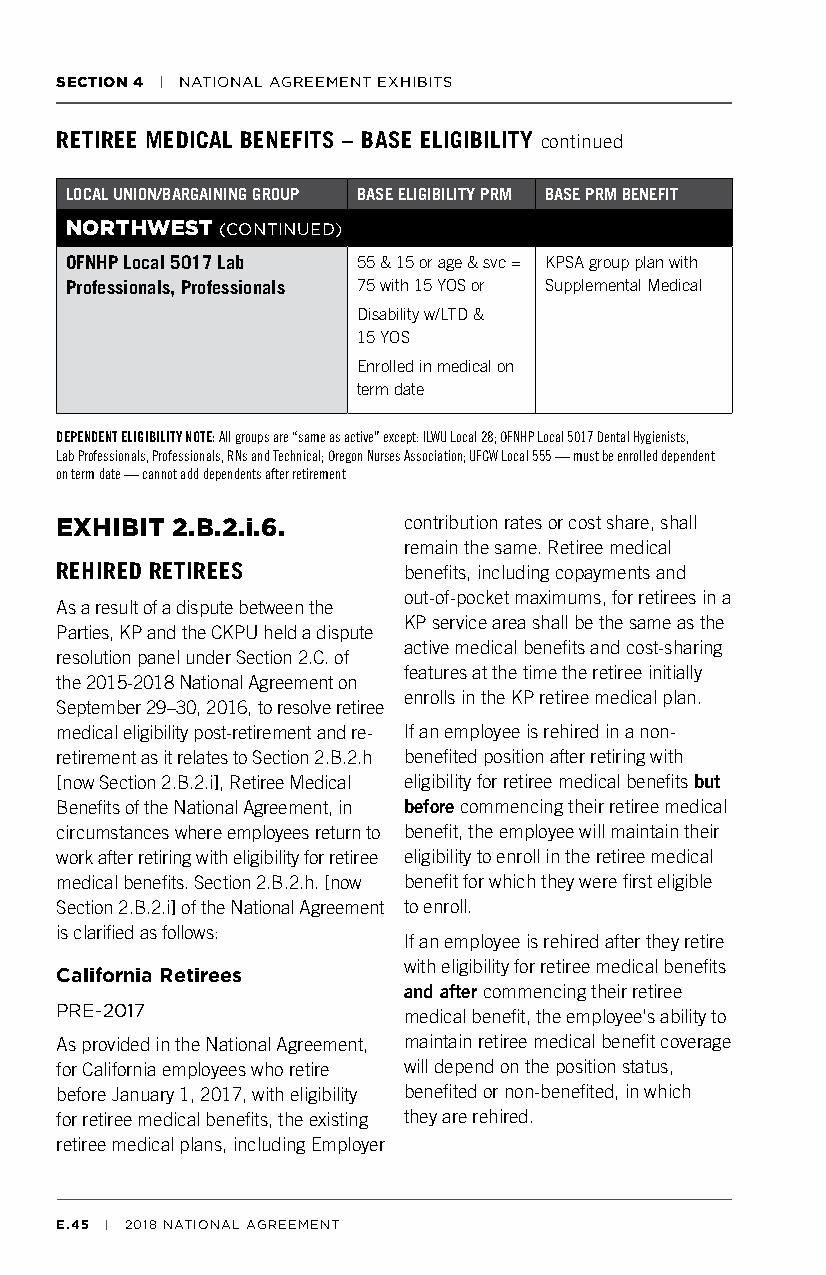
SECTION 4 | NATIONAL AGREEMENT EXHIBITS
 RETIREE MEDICAL BENEFITS – BASE ELIGIBILITY continued
 LOCAL UNION/BARGAINING GROUP BASE ELIGIBILITY PRM BASE PRM BENEFIT
 NORTHWEST  (CONTINUED)
 OFNHP Local 5017 Lab 55 & 15 or age & svc = KPSA group plan with
 Professionals, Professionals 75 with 15 YOS or Supplemental Medical
 Disability w/LTD &
 15 YOS
 Enrolled in medical on
 term date
 DEPENDENT ELIGIBILITY NOTE: All groups are “same as active” except: ILWU Local 28; OFNHP Local 5017 Dental Hygienists,
 Lab Professionals, Professionals, RNs and Technical; Oregon Nurses Association; UFCW Local 555 — must be enrolled dependent
 on term date — cannot add dependents after retirement
 EXHIBIT 2.B.2.i.6.     contribution rates or cost share, shall
 remain the same. Retiree medical
 REHIRED RETIREES       benefits, including copayments and
 out-of-pocket maximums, for retirees in a
 As a result of a dispute between the
 KP service area shall be the same as the
 Parties, KP and the CKPU held a dispute
 active medical benefits and cost-sharing
 resolution panel under Section 2.C. of
 features at the time the retiree initially
 the 2015-2018 National Agreement on
 enrolls in the KP retiree medical plan.
 September 29–30, 2016, to resolve retiree
 medical eligibility post-retirement and re- If an employee is rehired in a non-
 retirement as it relates to Section 2.B.2.h benefited position after retiring with
 [now Section 2.B.2.i], Retiree Medical eligibility for retiree medical benefits but
 Benefits of the National Agreement, in before commencing their retiree medical
 circumstances where employees return to benefit, the employee will maintain their
 work after retiring with eligibility for retiree eligibility to enroll in the retiree medical
 medical benefits. Section 2.B.2.h. [now benefit for which they were first eligible
 Section 2.B.2.i] of the National Agreement to enroll.
 is clarified as follows:
 If an employee is rehired after they retire
 with eligibility for retiree medical benefits
 California Retirees
 and after commencing their retiree
 PRE-2017               medical benefit, the employee's ability to
 As provided in the National Agreement, maintain retiree medical benefit coverage
 for California employees who retire will depend on the position status,
 before January 1, 2017, with eligibility benefited or non-benefited, in which
 for retiree medical benefits, the existing they are rehired.
 retiree medical plans, including Employer
 E.45 | 2018 NATIONAL AGREEMENT